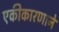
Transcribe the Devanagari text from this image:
एकीकारणाने